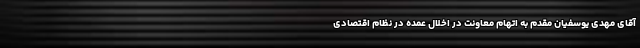
آقای مهدی یوسفیان مقدم به اتهام معاونت در اخلال عمده در نظام اقتصادی